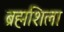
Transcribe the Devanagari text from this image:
ब्रह्मशिला